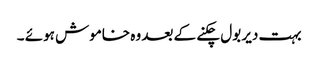
بہت دیر بول چکنے کے بعد وہ خاموش ہوئے ۔